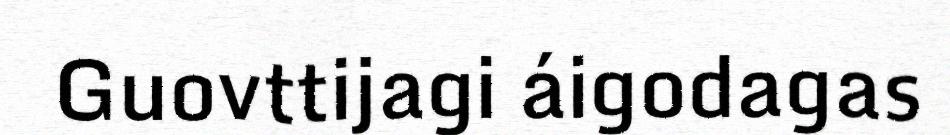
Guovttijagi áigodagas